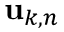
{ \bf u } _ { k , n }